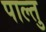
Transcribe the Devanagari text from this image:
पाल्तु